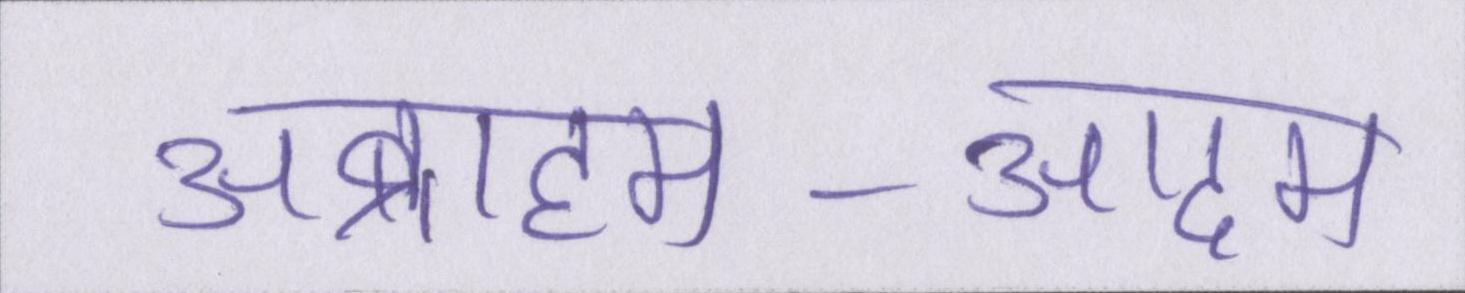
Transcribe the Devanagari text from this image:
अब्राहम-आदम